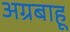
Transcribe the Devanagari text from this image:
अग्रबाहू